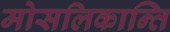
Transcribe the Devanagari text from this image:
मोसलिकान्ति